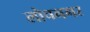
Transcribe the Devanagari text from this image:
लोचनगर